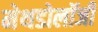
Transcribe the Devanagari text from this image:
मेथडोलॉजी